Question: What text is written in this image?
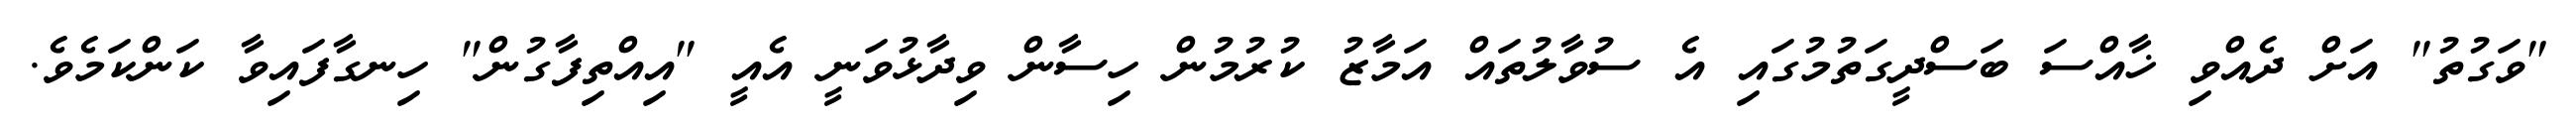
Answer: "ވަގުތު" އަށް ދެއްވި ޚާއްސަ ބަސްދީގަތުމުގައި އެ ސުވާލުތައް އަމާޒު ކުރުމުން ހިސާން ވިދާޅުވަނީ އެއީ "އިއްތިފާގުން" ހިނގާފައިވާ ކަންކަމެވެ.